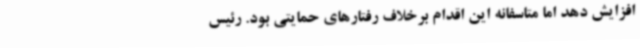
افزایش دهد اما متاسفانه این اقدام برخلاف رفتارهای حمایتی بود. رئیس